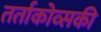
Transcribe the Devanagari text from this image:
तर्ताकोव्सकी